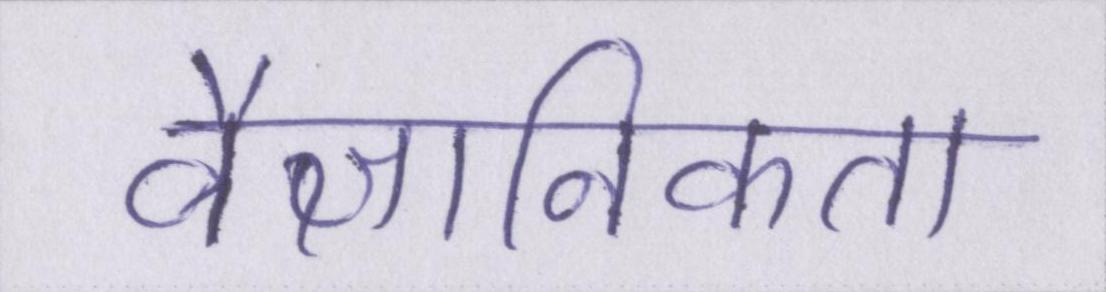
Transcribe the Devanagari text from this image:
वैज्ञानिकता